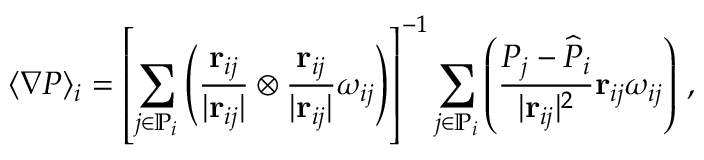
\langle \nabla P \rangle _ { i } = \left[ \sum _ { j \in \mathbb { P } _ { i } } \left( \frac { \mathbf { r } _ { i j } } { \vert \mathbf { r } _ { i j } \vert } \otimes \frac { \mathbf { r } _ { i j } } { \vert \mathbf { r } _ { i j } \vert } \omega _ { i j } \right) \right] ^ { - 1 } \sum _ { j \in \mathbb { P } _ { i } } \left( \frac { P _ { j } - \widehat { P } _ { i } } { \vert \mathbf { r } _ { i j } \vert ^ { 2 } } \mathbf { r } _ { i j } \omega _ { i j } \right) \, ,